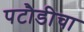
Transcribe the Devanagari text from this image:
पटौडीचा